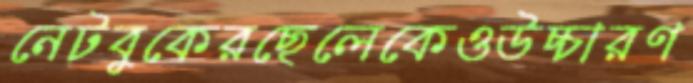
নেটবুকেরছেলেকেওউচ্চারণ